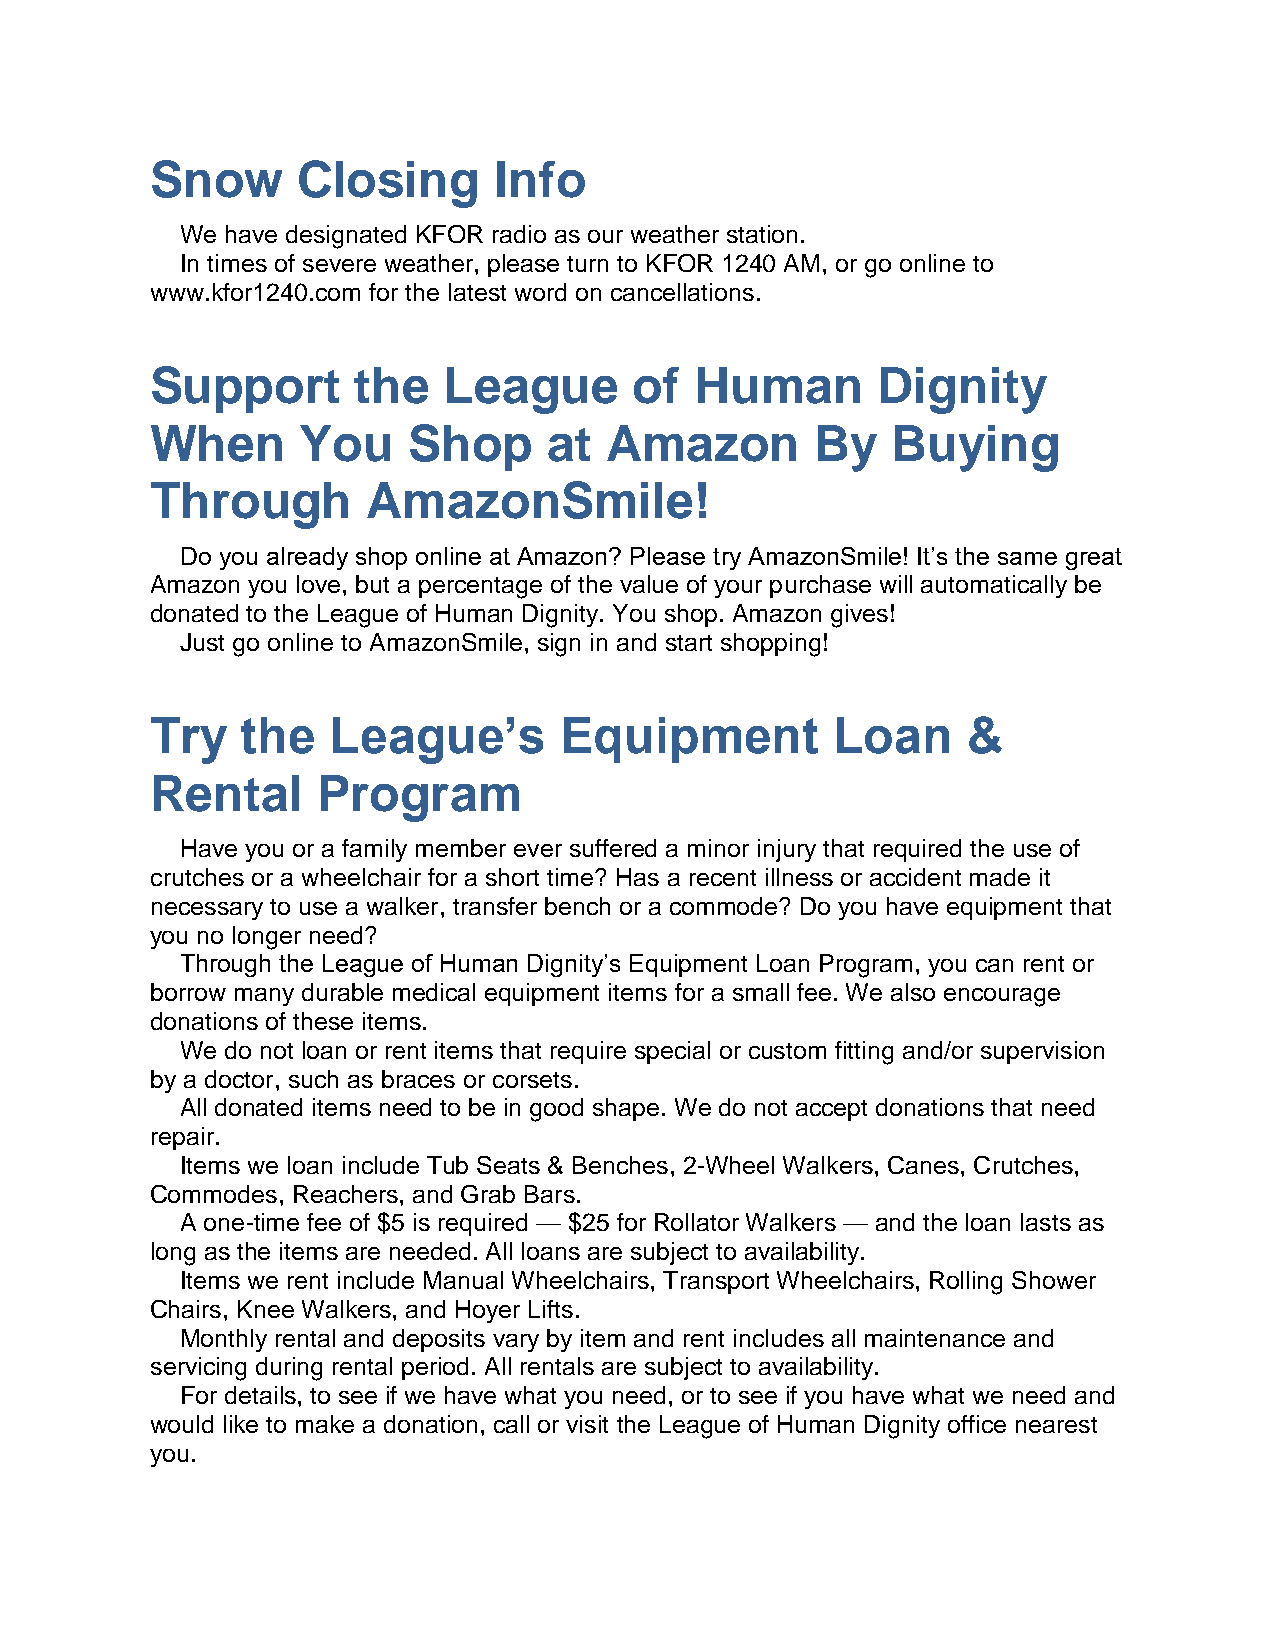
Snow      Closing      Info
 We have designated KFOR radio as our weather station.
 In times of severe weather, please turn to KFOR 1240 AM, or go online to
 www.kfor1240.com for the latest word on cancellations.
 Support       the  League       of  Human       Dignity
 When      You    Shop     at  Amazon        By   Buying
 Through       AmazonSmile!
 Do you already shop online at Amazon? Please try AmazonSmile! It’s the same great
 Amazon you love, but a percentage of the value of your purchase will automatically be
 donated to the League of Human Dignity. You shop. Amazon gives!
 Just go online to AmazonSmile, sign in and start shopping!
 Try   the   League’s       Equipment         Loan     &
 Rental     Program
 Have you or a family member ever suffered a minor injury that required the use of
 crutches or a wheelchair for a short time? Has a recent illness or accident made it
 necessary to use a walker, transfer bench or a commode? Do you have equipment that
 you no longer need?
 Through the League of Human Dignity’s Equipment Loan Program, you can rent or
 borrow many durable medical equipment items for a small fee. We also encourage
 donations of these items.
 We do not loan or rent items that require special or custom fitting and/or supervision
 by a doctor, such as braces or corsets.
 All donated items need to be in good shape. We do not accept donations that need
 repair.
 Items we loan include Tub Seats & Benches, 2-Wheel Walkers, Canes, Crutches,
 Commodes, Reachers, and Grab Bars.
 A one-time fee of $5 is required — $25 for Rollator Walkers — and the loan lasts as
 long as the items are needed. All loans are subject to availability.
 Items we rent include Manual Wheelchairs, Transport Wheelchairs, Rolling Shower
 Chairs, Knee Walkers, and Hoyer Lifts.
 Monthly rental and deposits vary by item and rent includes all maintenance and
 servicing during rental period. All rentals are subject to availability.
 For details, to see if we have what you need, or to see if you have what we need and
 would like to make a donation, call or visit the League of Human Dignity office nearest
 you.